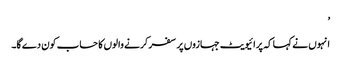
’
انہوں نے کہا کہ پرائیویٹ جہازوں پر سفر کرنے والوں کا حساب کون دے گا۔